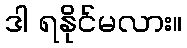
ဒါ ရနိုင်မလား။